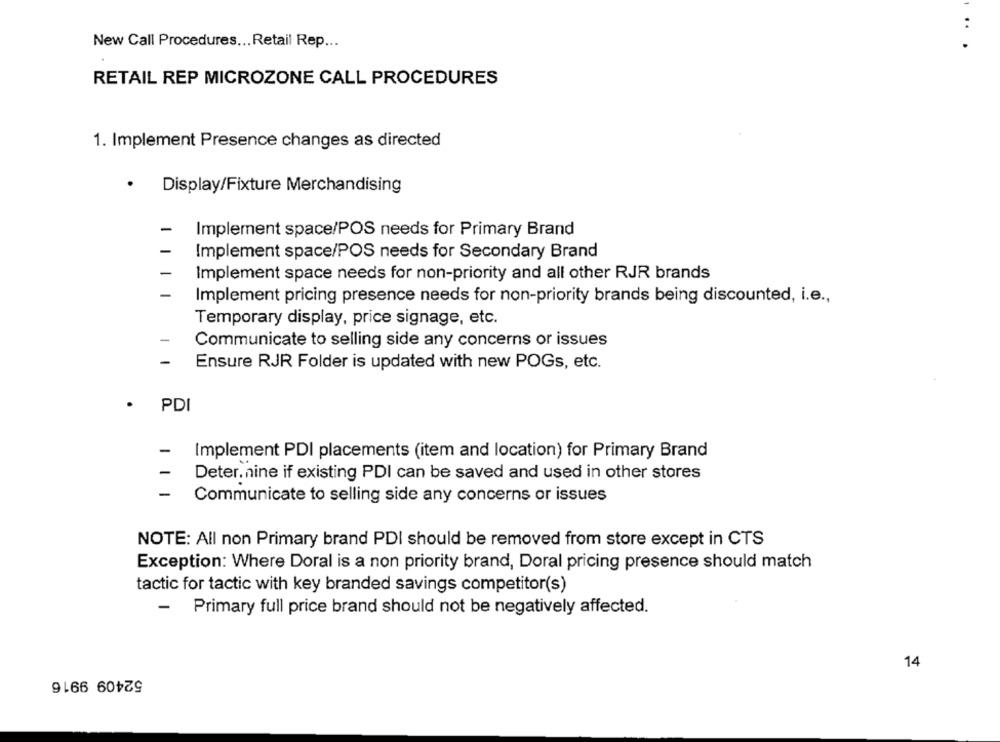
..
New Call Procedures ... Retail Rep ...
RETAIL REP MICROZONE CALL PROCEDURES
1. Implement Presence changes as directed
.
Display/Fixture Merchandising
Implement space/POS needs for Primary Brand
Implement space/POS needs for Secondary Brand
Implement space needs for non-priority and all other RJR brands
Implement pricing presence needs for non-priority brands being discounted, i.e .,
Temporary display, price signage, etc.
Communicate to selling side any concerns or issues
Ensure RJR Folder is updated with new POGs, etc.
PDI
Implement PDI placements (item and location) for Primary Brand
Deter. nine if existing PDI can be saved and used in other stores
-
Communicate to selling side any concerns or issues
NOTE: All non Primary brand PDI should be removed from store except in CTS
Exception: Where Doral is a non priority brand, Doral pricing presence should match
tactic for tactic with key branded savings competitor(s)
- Primary full price brand should not be negatively affected.
14
52409 9916